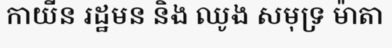
កាយីន រដ្ឋមន និង ឈូង សមុទ្រ ម៉ាតា